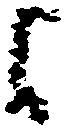
よ